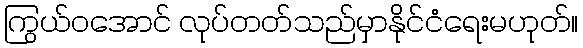
ကြွယ်ဝအောင် လုပ်တတ်သည်မှာနိုင်ငံရေးမဟုတ်။